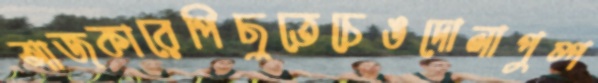
আজকারেপিছুতেচেঙদোলাপুষ্প